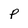
Character: p